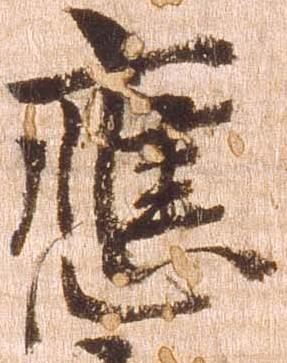
応